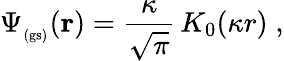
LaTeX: \Psi_{_\mathrm{(gs)}}({\mathbf r})=\frac{\kappa}{\sqrt{\pi}}\, K_{0}(\kappa r)\; ,